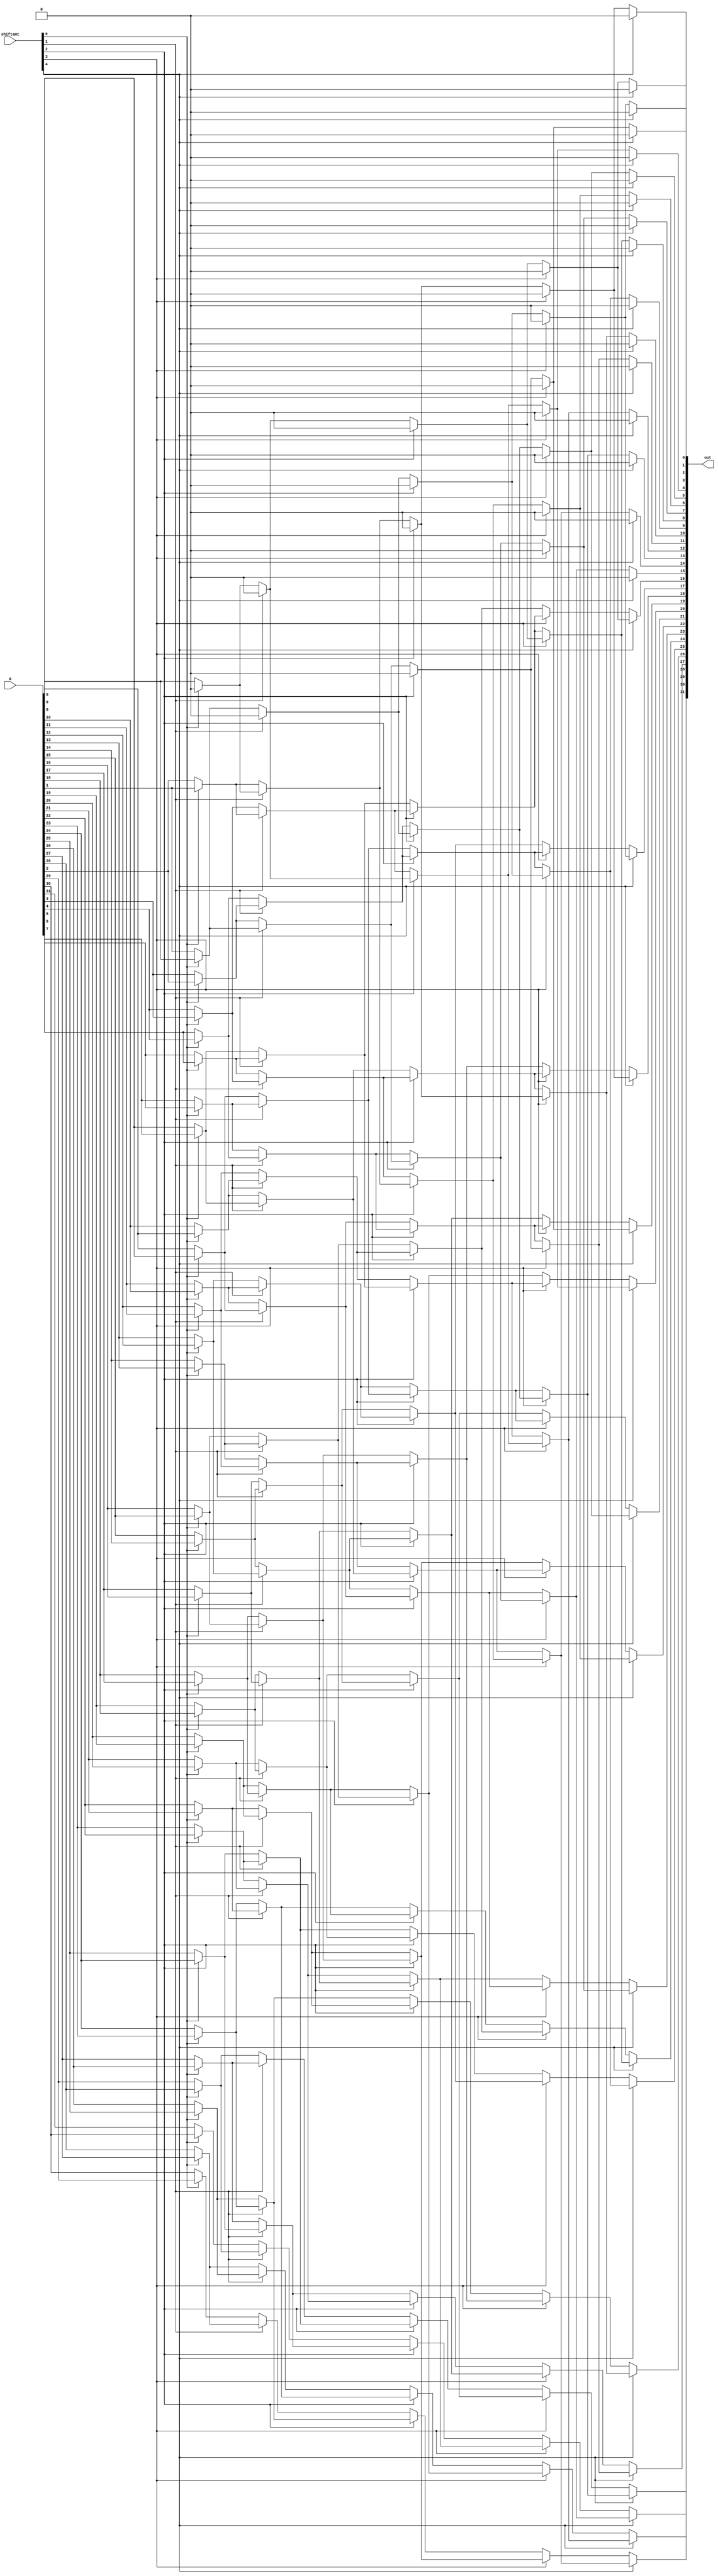
module SLL(out, shiftamt, a);
	input [31:0] a;
	input [4:0] shiftamt;
	output [31:0] out;
	wire [31:0] out_1;
	wire [31:0] out_2;
	wire [31:0] out_3;
	wire [31:0] out_4;
	genvar i;
	generate
		for(i = 0; i < 1; i = i + 1) begin : label_1
			assign out_1[i] = shiftamt[0] ? 1'b0 : a[i];
		end
		for(i = 1; i < 32; i = i + 1) begin : label_2
			assign out_1[i] = shiftamt[0] ? a[i - 1] : a[i];
		end
	endgenerate
	genvar j;
	generate
		for(j = 0; j < 2; j = j + 1) begin : label_3
			assign out_2[j] = shiftamt[1] ? 1'b0: out_1[j];
		end
		for(j = 2; j < 32; j = j + 1) begin : label_4
			assign out_2[j] = shiftamt[1] ? out_1[j - 2] : out_1[j];
		end
	endgenerate
	genvar k;
	generate
		for(k = 0; k < 4; k = k + 1) begin : label_5
			assign out_3[k] = shiftamt[2] ?  1'b0: out_2[k];
		end
		for(k = 4; k < 32; k = k + 1) begin : label_6
			assign out_3[k] = shiftamt[2] ? out_2[k - 4] : out_2[k];
		end
	endgenerate
	genvar l;
	generate
		for(l = 0; l < 8; l = l + 1) begin : label_7
			assign out_4[l] = shiftamt[3] ?  1'b0: out_3[l];
		end
		for(l = 8; l < 32; l = l + 1) begin : label_8
			assign out_4[l] = shiftamt[3] ? out_3[l - 8] : out_3[l];
		end
	endgenerate
	genvar m;
	generate
		for(m = 0; m < 16; m = m + 1) begin : label_9
			assign out[m] = shiftamt[4] ?  1'b0: out_4[m];
		end
		for(m = 16; m < 32; m = m + 1) begin : label_10
			assign out[m] = shiftamt[4] ? out_4[m - 16] : out_4[m];
		end
	endgenerate
endmodule